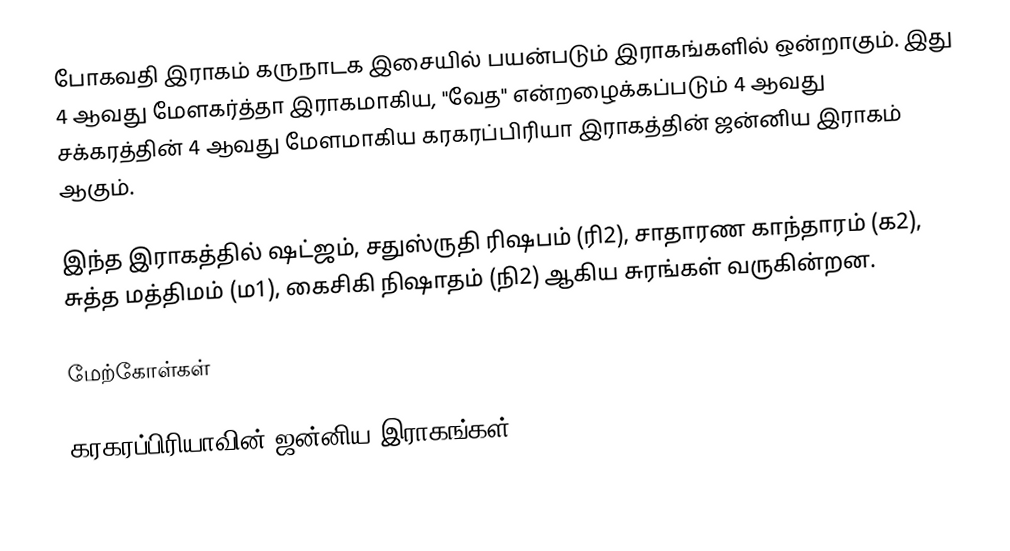
போகவதி இராகம் கருநாடக இசையில் பயன்படும் இராகங்களில் ஒன்றாகும். இது 4 ஆவது மேளகர்த்தா இராகமாகிய, "வேத" என்றழைக்கப்படும் 4 ஆவது சக்கரத்தின் 4 ஆவது மேளமாகிய கரகரப்பிரியா இராகத்தின் ஜன்னிய இராகம் ஆகும்.

இந்த இராகத்தில் ஷட்ஜம், சதுஸ்ருதி ரிஷபம் (ரி2), சாதாரண காந்தாரம் (க2), சுத்த மத்திமம் (ம1), கைசிகி நிஷாதம் (நி2) ஆகிய சுரங்கள் வருகின்றன.

மேற்கோள்கள்

கரகரப்பிரியாவின் ஜன்னிய இராகங்கள்